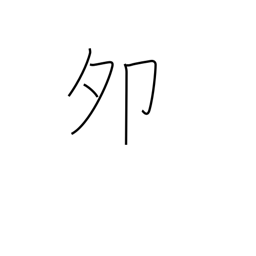
Meaning: 5-7AM